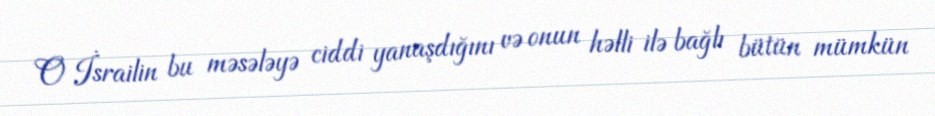
O İsrailin bu məsələyə ciddi yanaşdığını və onun həlli ilə bağlı bütün mümkün